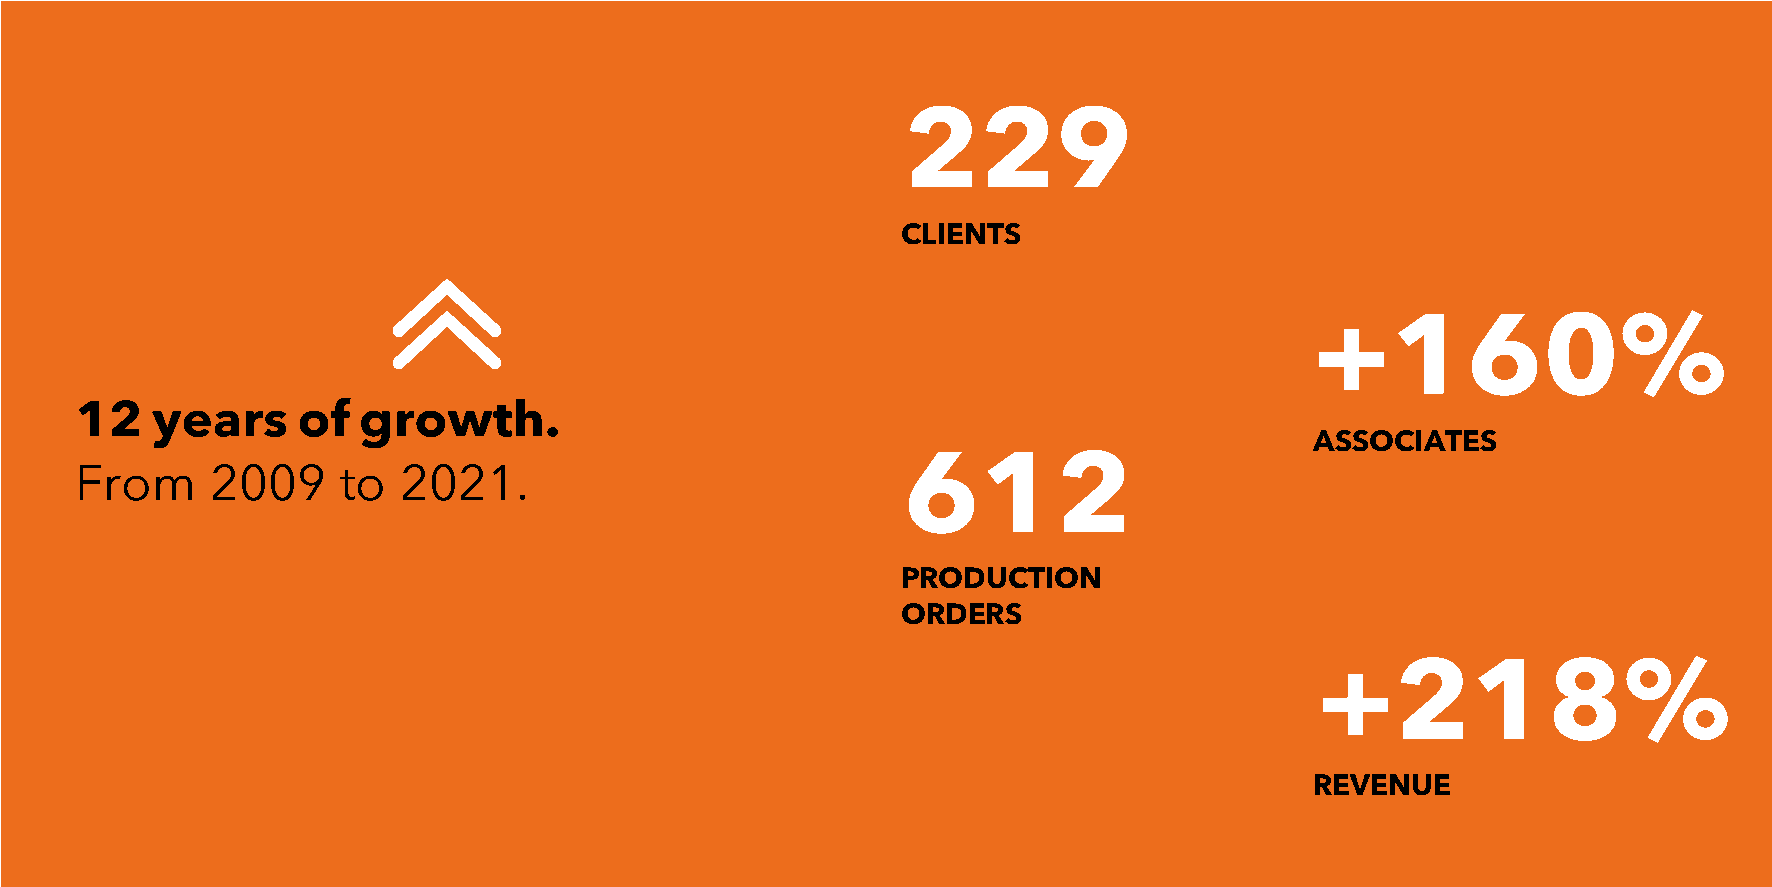
229
 CLIENTS
 +160%
 12   years     of  growth.
 ASSOCIATES
 612
 From     2009    to  2021.
 PRODUCTION
 ORDERS
 +218%
 REVENUE